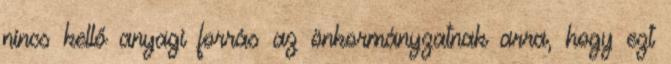
nincs kellő anyagi forrás az önkormányzatnak arra, hogy ezt